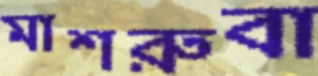
মাশরুবা